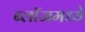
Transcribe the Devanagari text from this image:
ब्लॉजमध्ये